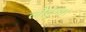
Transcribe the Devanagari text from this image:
लौटूंगा।